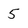
Character: 5